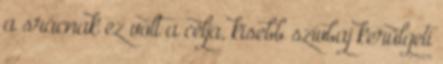
a srácnak ez volt a célja, kisebb szívbaj kerülgeti